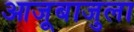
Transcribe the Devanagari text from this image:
आजूबाजुला